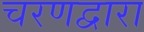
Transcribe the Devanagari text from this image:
चरणद्वारा